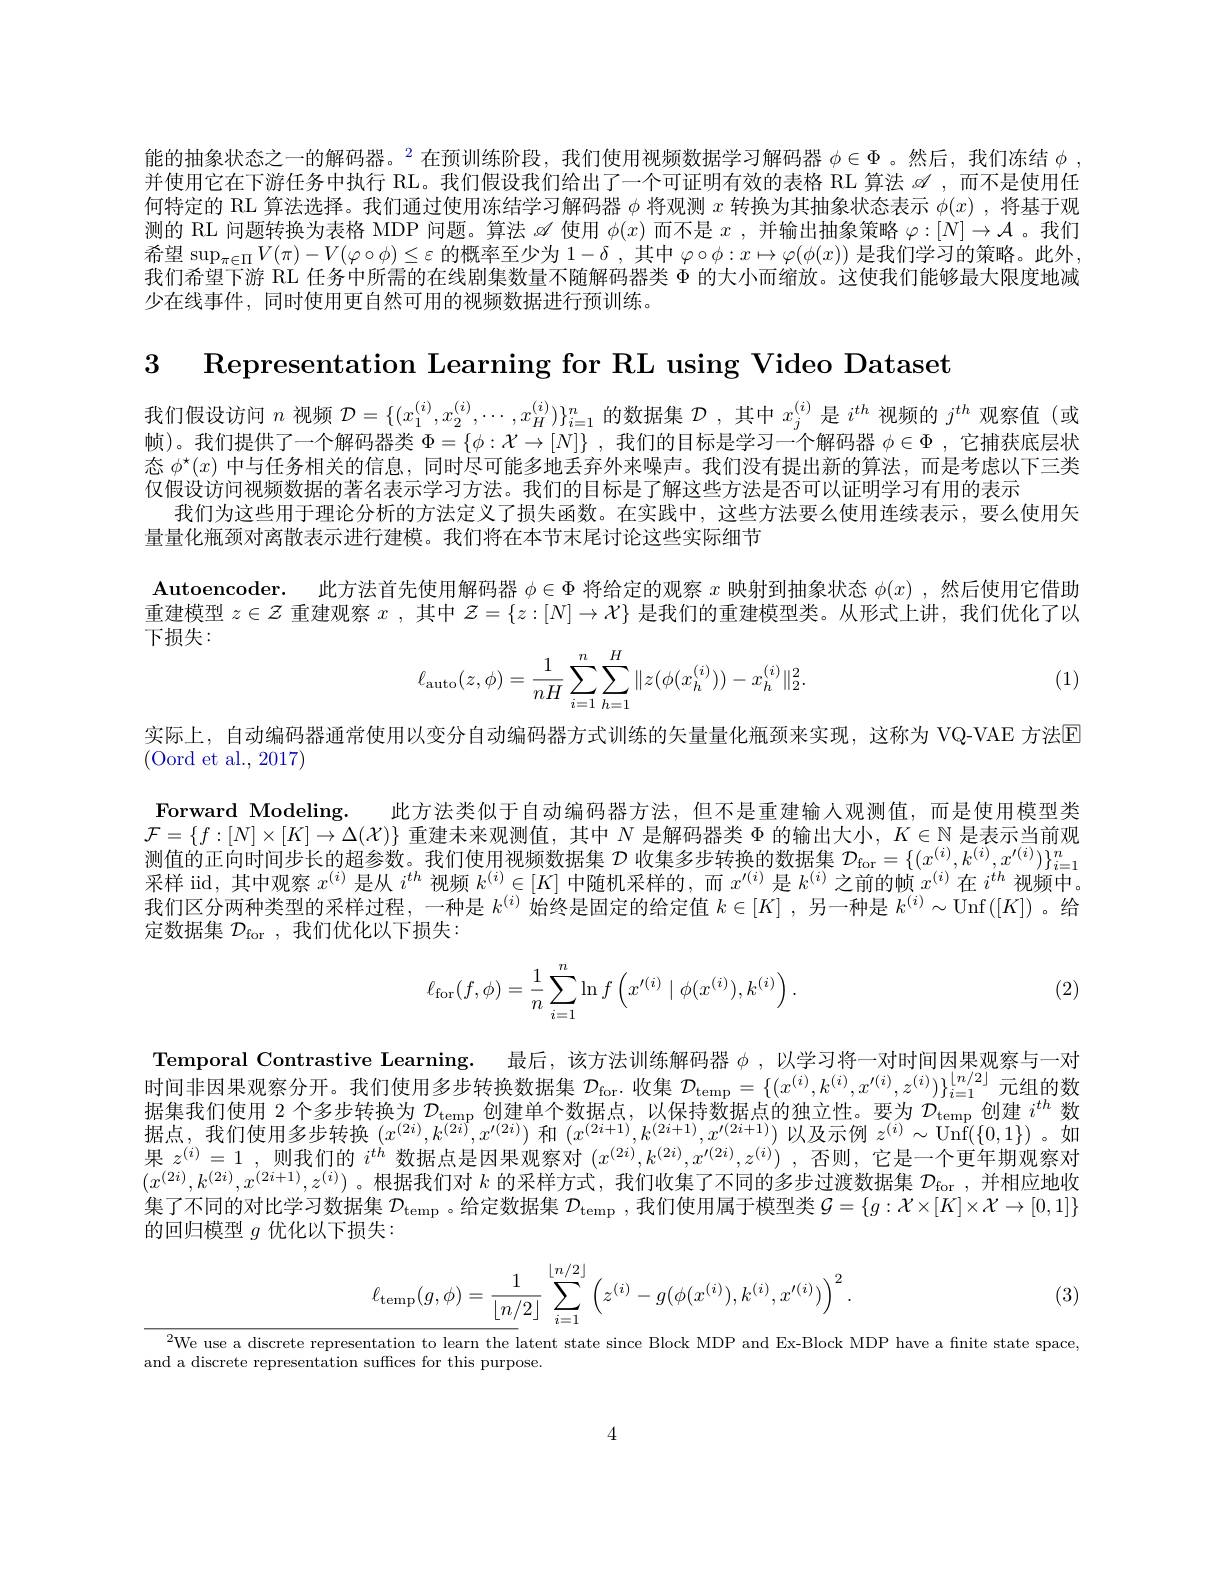
能的抽象状态之一的解码器。$^2$在预训练阶段，我们使用视频数据学习解码器 $\phi\in\Phi$ 。然后，我们冻结 $\phi$ , 并使用它在下游任务中执行 RL。我们假设我们给出了一个可证明有效的表格 RL 算法$\mathscr{A}$ ,而不是使用任何特定的 RL 算法选择。我们通过使用冻结学习解码器$\phi$将观测$x$转换为其抽象状态表示$\phi(x)$ ,将基于观测的 RL 问题转换为表格 MDP 问题。算法$\mathscr{A}$使用$\phi(x)$而不是$x$,并输出抽象策略$\varphi:[N]\to\mathcal{A}$ 。我们希望$\sup_\pi\in\Pi V(\pi)-V(\varphi\circ\phi)\leq\varepsilon$的概率至少为$1-\delta$ ,其中$\varphi\circ\phi:x\mapsto\varphi(\phi(x))$是我们学习的策略。此外， 我们希望下游 RL 任务中所需的在线剧集数量不随解码器类$\Phi$的大小而缩放。这使我们能够最大限度地减少在线事件，同时使用更自然可用的视频数据进行预训练。

3 Representation Learning for RL using Video Dataset

我们假设访问$n$视频$\mathcal{D}=\{(x_1^{(i)},x_2^{(i)},\cdots,x_H^{(i)})\}_{i=1}^n$的数据集$\mathcal{D}$,其中$x_j^{(i)}$是$i^{th}$视频的$j^{th}$观察值(或帧)。我们提供了一个解码器类$\Phi=\{\phi:\mathcal{X}\to[N]\}$ ,我们的目标是学习一个解码器$\phi\in\Phi$ ,它捕获底层状态$\phi^\star(x)$中与任务相关的信息，同时尽可能多地丢弃外来噪声。我们没有提出新的算法，而是考虑以下三类仅假设访问视频数据的著名表示学习方法。我们的目标是了解这些方法是否可以证明学习有用的表示
我们为这些用于理论分析的方法定义了损失函数。在实践中，这些方法要么使用连续表示，要么使用矢
量量化瓶颈对离散表示进行建模。我们将在本节末尾讨论这些实际细节
$\textbf{Autoencoder. }$ 此方法首先使用解码器$\phi\in\Phi$将给定的观察$x$映射到抽象状态$\phi(x)$ ,然后使用它借助重建模型$z\in\mathcal{Z}$重建观察$x$ ,其中$\mathcal{Z}=\{z:[N]\to\mathcal{X}\}$是我们的重建模型类。从形式上讲，我们优化了以

下损失：
$$\ell_{\text{auto}}(z,\phi)=\dfrac{1}{nH}\sum_{i=1}^n\sum_{h=1}^H\|z(\phi(x_h^{(i)}))-x_h^{(i)}\|_2^2.$$
(1)

实际上，自动编码器通常使用以变分自动编码器方式训练的矢量量化瓶颈来实现，这称为 VQ-VAE 方法$\boxed{\mathrm{E}}$

(Oord et al., 2017)

Forward Modeling. 此方法类似于自动编码器方法，但不是重建输人观测值，而是使用模型类$\mathcal{F}=\{f:[N]\times[K]\to\Delta(\mathcal{X})\}$重建未来观测值，其中$N$是解码器类$\Phi$的输出大小，$K\in\mathbb{N}$是表示当前观测值的正向时间步长的超参数。我们使用视频数据集$\mathcal{D}$收集多步转换的数据集$\mathcal{D}_\mathrm{for}=\{(x^{(i)},k^{(i)},x^{\prime(i)})\}_{i=1}^n$ 采样 iid,其中观察$x^(i)$是从$i^th$视频$k^(i)\in[K]$中随机采样的，而$x^\prime(i)$是$k^{(i)}$之前的帧$x^(i)$在$i^th$视频中。我们区分两种类型的采样过程，一种是$k^{(i)}$始终是固定的给定值$k\in[K]$ ,另一种是$k^(i)\sim$Unf$([K])$ 。给定数据集$\mathcal{D}_\mathrm{for}$,我们优化以下损失：
$$\ell_{\mathrm{for}}(f,\phi)=\dfrac{1}{n}\sum_{i=1}^{n}\ln f\left(x'^{(i)}\mid\phi(x^{(i)}),k^{(i)}\right).$$
(2)

Temporal Contrastive Learning. 最后，该方法训练解码器$\phi$ ,以学习将一对时间因果观察与一对时间非因果观察分开。我们使用多步转换数据集$\mathcal{D}_\mathrm{for}.$收集$\mathcal{D}_\mathrm{temp}=\{(x^{(i)},k^{(i)},x^{\prime(i)},z^{(i)})\}_{i=1}^{\lfloor n/2\rfloor}$元组的数据集我们使用 2 个多步转换为$\mathcal{D}_\mathrm{temp}$创建单个数据点，以保持数据点的独立性。要为$\mathcal{D}_\mathrm{temp}$创建$i^{th}$数据点，我们使用多步转换$(x^{(2i)},k^{(2i)},x^{\prime(2i)})$和$(x^{(2i+1)},k^{(2i+1)},x^{\prime(2i+1)})$以及示例$z^(i)\sim$Unf$(\{0,1\})$ 。如果$z^(i)=1$ ,则我们的$i^th$数据点是因果观察对$(x^(2i),k^{(2i)},x^{\prime(2i)},z^{(i)})$ ,否则，它是一个更年期观察对$(x^{(2i)},k^{(2i)},x^{(2i+1)},z^{(i)})$。根据我们对$k$的采样方式，我们收集了不同的多步过渡数据集$\mathcal{D}_\mathrm{for}$,并相应地收集了不同的对比学习数据集$\mathcal{D}_\text{temp 。给定数据集 }\mathcal{D}_\text{temp }$,我们使用属于模型类$\mathcal{G}=\{g:\mathcal{X}\times[K]\times\mathcal{X}\to[0,1]\}$ 的回归模型$g$优化以下损失：
$$\ell_{\mathrm{temp}}(g,\phi)=\frac{1}{\lfloor n/2\rfloor}\sum_{i=1}^{\lfloor n/2\rfloor}\left(z^{(i)}-g(\phi(x^{(i)}),k^{(i)},x^{\prime(i)})\right)^{2}.$$
(3)

$^{2}$We use a discrete representation to learn the latent state since Block MDP and Ex-Block MDP have a finite state space,

and a discrete representation suffices for this purpose.

4